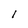
Character: 1